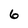
Character: 6